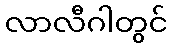
လာလီဂါတွင်